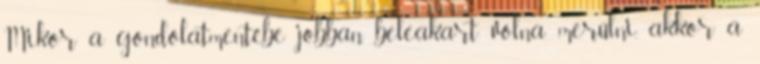
Mikor a gondolatmentébe jobban beleakart volna merülni, akkor a